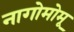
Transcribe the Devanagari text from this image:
नागोमोमू